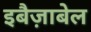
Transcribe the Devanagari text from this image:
इबैज़ाबेल